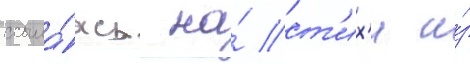
ссыла́ясь на́ ст'их'и и́з